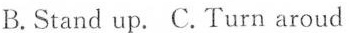
B.Stand up. C.Turn aroud